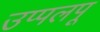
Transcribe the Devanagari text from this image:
उप्पलपू